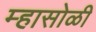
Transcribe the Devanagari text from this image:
म्हासोळी